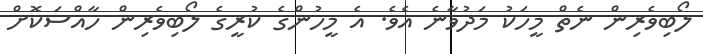
ލޯބިވެރިން ނެތް މީހަކު މަދުވާނެ އެވެ. އެ މީހުންގެ ކުރީގެ ލޯބިވެރިން ހާއްސަކޮށް